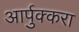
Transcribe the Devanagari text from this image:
आर्पुक्करा